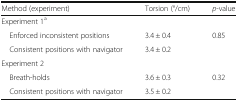
| Method (experiment) | Torsion (°/cm) | p-value |
 | --- | --- | --- |
 | Experiment 1a |  |  |
 | Enforced inconsistent positions | 3.4 ± 0.4 | <ROWSPAN=2> 0.85 |
 | Consistent positions with navigator | 3.4 ± 0.2 |
 | Experiment 2 |  |  |
 | Breath-holds | 3.6 ± 0.3 | <ROWSPAN=2> 0.32 |
 | Consistent positions with navigator | 3.5 ± 0.2 |